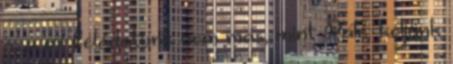
-, a mi feladatunk nem más, mint Pálé: keljünk